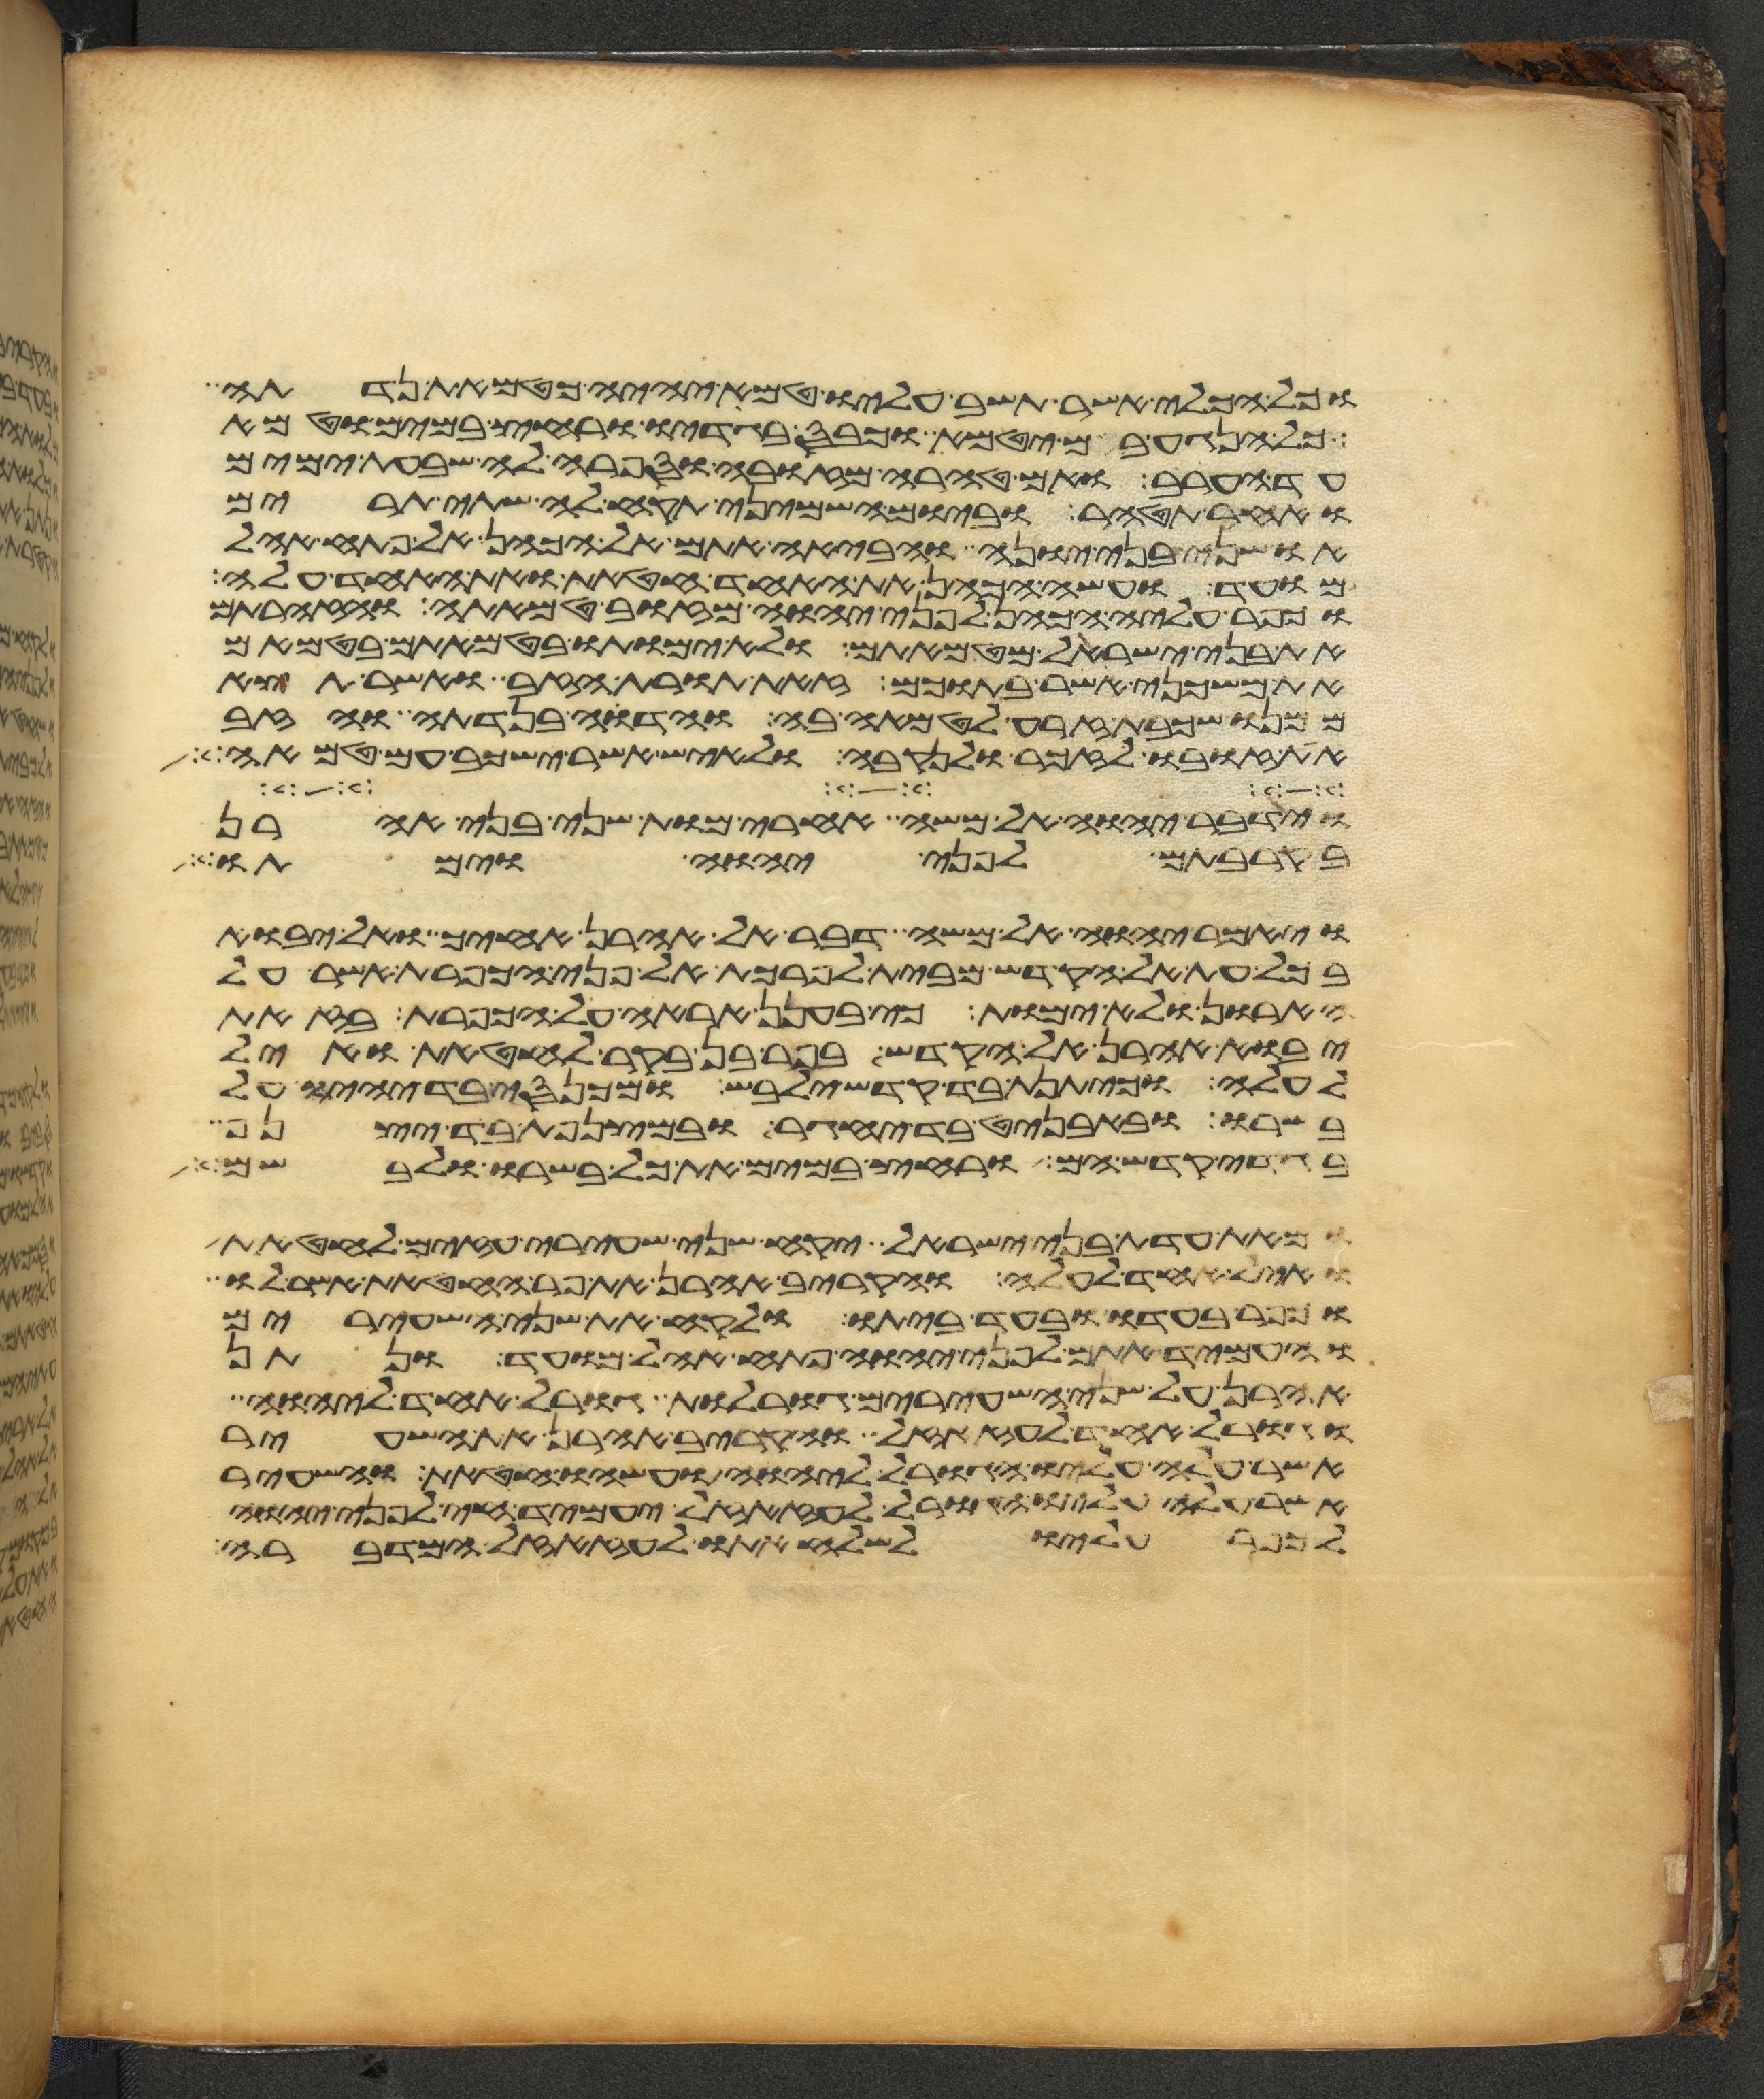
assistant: וכל הכלי אשר תשב עליו טמא יהיה כטמאת נדתה
כל הנגע בם יטמא וכבס בגדיו ורחץ במים וטמא
עד הערב ואם טהרה מזובה וספרה לה שבעת ימים
ואחר תטהר וביום השמיני תקח לה שתי תרים
או שני בני יונה והביאה אתם אל הכהן אל פתח אהל
מועד ועשה הכהן את האחד חטאת ואת האחד עלה
וכפר עליה הכהן לפני יהוה מזוב טמאתה והזהרתם
את בני ישראל מטמאתם ולא ימותו בטמאתם בטמאם
את משכני אשר בתוכם זאת תורת הזב ואשר תצא
ממנו שכבת זרע לטמאה בה והדוה בנדתה והזב
את זובו לזכר ולנקבה ולאיש אשר ישכב עם טמאה
וידבר יהוה אל משה אחרי מות שני בני אהרן
בקרבתם לפני יהוה וימתו
ויאמר יהוה אל משה דבר אל אהרן אחיך ואל יבוא
בכל עת אל הקדש מבית לפרכת אל פני הכפרת אשר על
הארון ולא ימות כי בענן אראה אל הכפרת בזאת
יבוא אהרן אל הקדש בפר בן בקר לחטאת ואיל
לעלה וכיתנת בד קדש ילבש ומכנסי בד יהיו על
בשרו ובאבניט בד יחגר ובמצנפת בד יצנף
בגדי קדש הם ורחץ במים את כל בשרו ולבשם
ומאת עדת בני ישראל יקח שני שעירי עזים לחטאת
ואיל אחד לעלה והקריב אהרן את פר החטאת אשר לו
וכפר בעדו ובעד ביתו ולקח את שני השעירים
והעמיד אתם לפני יהוה פתח אהל מועד ונתן
אהרן על שני השעירים גורלות גורל אחד ליהוה
וגורל אחד לעזזאל והקריב אהרן את השעיר
אשר עלה עליו הגורל ליהוה ועשהו חטאת והשעיר
אשר עלה עליו הגורל לעזזאל יעמיד חי לפני יהוה
לכפר עליו לשלח אתו לעזזאל המדברה